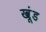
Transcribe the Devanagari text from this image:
खूंड